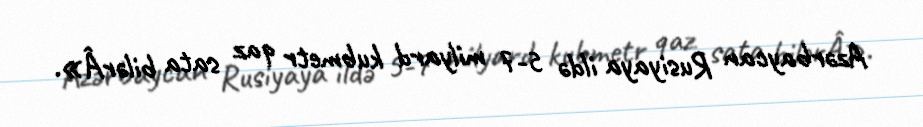
Azərbaycan Rusiyaya ildə 5-7 milyard kubmetr qaz sata bilərÂ».